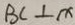
B C \bot x